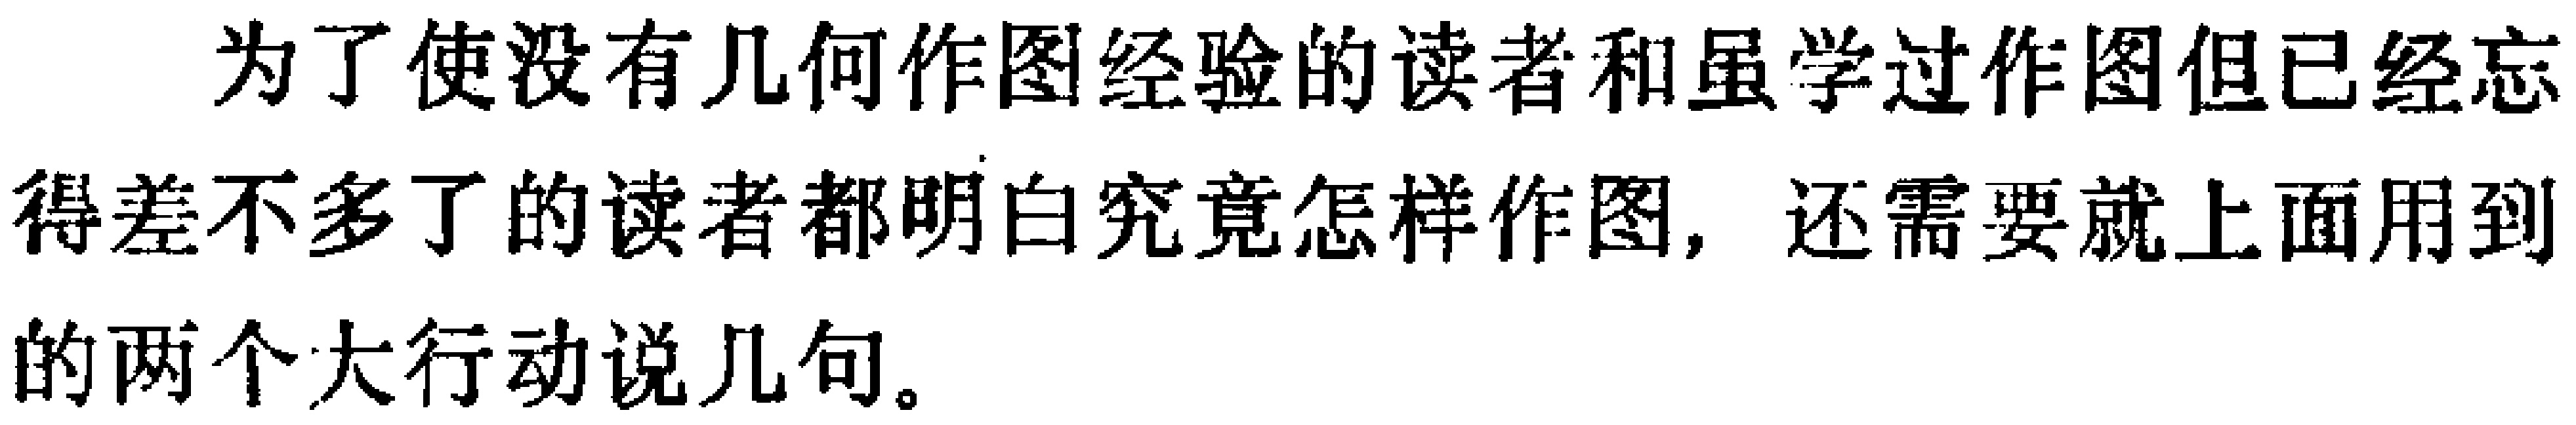
为了使没有几何作图经验的读者和虽学过作图但已经忘得差不多了的读者都明白究竟怎样作图，还需要就上面用到的两个大行动说几句。